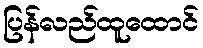
ပြန်လည်ထူထောင်